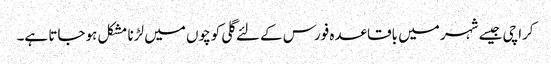
کراچی جیسے شہر میں باقاعدہ فورس کے لئے گلی کوچوں میں لڑنا مشکل ہوجاتا ہے۔